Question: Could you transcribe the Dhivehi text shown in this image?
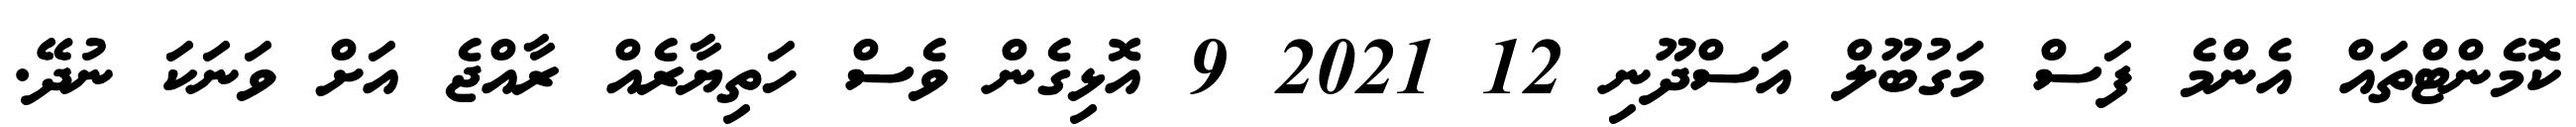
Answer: ކޮމެންޓްތައް އެންމެ ފަސް މަގުބޫލް އަސްދޫނި 12 2021 9 އޮޅިގެން ވެސް ހަތިޔާރެއް ރާއްޖެ އަށް ވަނަކަ ނުދޭ.